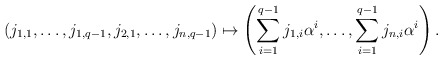
\begin{align*} (j_{1,1},\dots,j_{1,q-1},j_{2,1},\dots,j_{n,q-1})\mapsto \left(\sum_{i=1}^{q-1}j_{1,i}\alpha^i,\dots,\sum_{i=1}^{q-1}j_{n,i}\alpha^i\right).\end{align*}